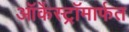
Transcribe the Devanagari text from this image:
ऑर्केस्ट्रॉमार्फत